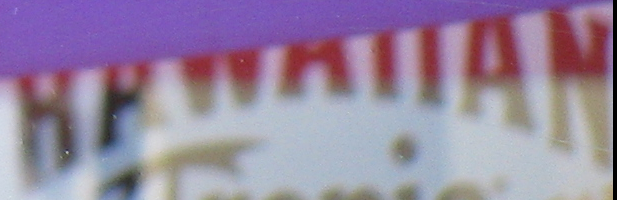
HAWAIIAN